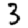
Digit: 3